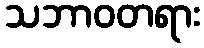
သဘာဝတရား